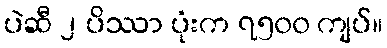
ပဲဆီ ၂ ပိဿာ ပုံးက ၇၅၀၀ ကျပ်။